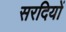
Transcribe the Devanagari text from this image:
सरदियों